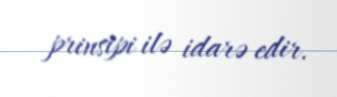
prinsipi ilə idarə edir.